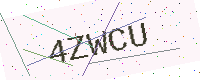
Text: 4ZWCU